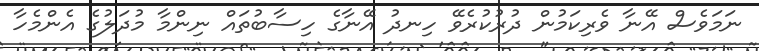
ނަމަވެސް އޭނާ ވެރިކަމުން ދުރުކުރެވޭ ހިނދު އޭނާގެ ހިސާބުތައް ނިންމާ މުދަލުގެ އެންމެހާ